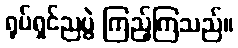
ရုပ်ရှင်ညပွဲ ကြည့်ကြသည်။